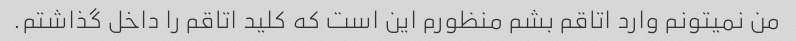
من نمیتونم وارد اتاقم بشم منظورم این است که کلید اتاقم را داخل گذاشتم.